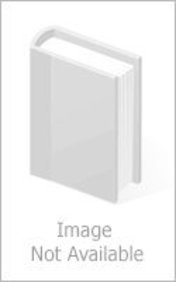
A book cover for Spectrum Guide to Eritrea; Travel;